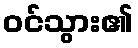
ဝင်သွား၏